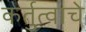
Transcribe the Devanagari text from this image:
कर्तुत्वाचे